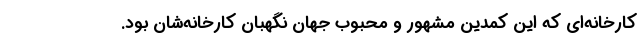
کارخانه‌ای که این کمدین مشهور و محبوب جهان نگهبان کارخانه‌شان بود.